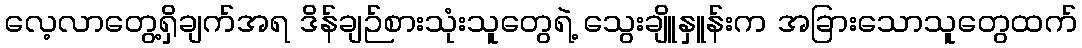
လေ့လာတွေ့ရှိချက်အရ ဒိန်ချဉ်စားသုံးသူတွေရဲ့ သွေးချိူနှူန်းက အခြားသောသူတွေထက်